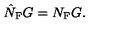
\hat { N } _ { \mathrm { F } } G = N _ { \mathrm { F } } G .